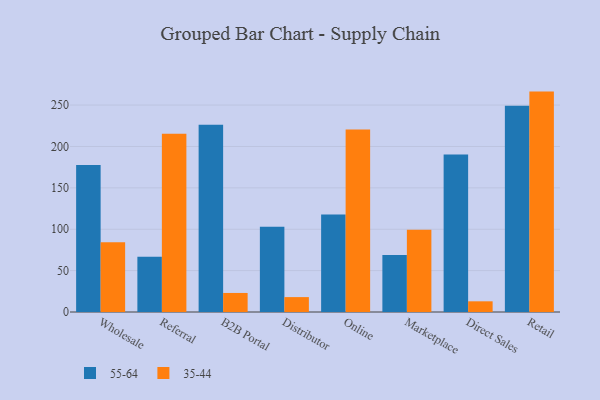
{"axis": {"x": "Channel", "y": "Humidity (%)"}, "legend": ["35-44", "55-64"], "data": [{"x": "Wholesale", "y": 177.7, "type": "55-64"}, {"x": "Wholesale", "y": 84.3, "type": "35-44"}, {"x": "Referral", "y": 66.9, "type": "55-64"}, {"x": "Referral", "y": 215.4, "type": "35-44"}, {"x": "B2B Portal", "y": 226.3, "type": "55-64"}, {"x": "B2B Portal", "y": 23.0, "type": "35-44"}, {"x": "Distributor", "y": 103.0, "type": "55-64"}, {"x": "Distributor", "y": 18.0, "type": "35-44"}, {"x": "Online", "y": 117.7, "type": "55-64"}, {"x": "Online", "y": 220.5, "type": "35-44"}, {"x": "Marketplace", "y": 69.0, "type": "55-64"}, {"x": "Marketplace", "y": 99.3, "type": "35-44"}, {"x": "Direct Sales", "y": 190.2, "type": "55-64"}, {"x": "Direct Sales", "y": 12.9, "type": "35-44"}, {"x": "Retail", "y": 249.1, "type": "55-64"}, {"x": "Retail", "y": 266.3, "type": "35-44"}]}